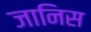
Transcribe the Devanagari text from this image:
जानिस